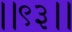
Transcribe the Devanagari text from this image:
।।९३।।